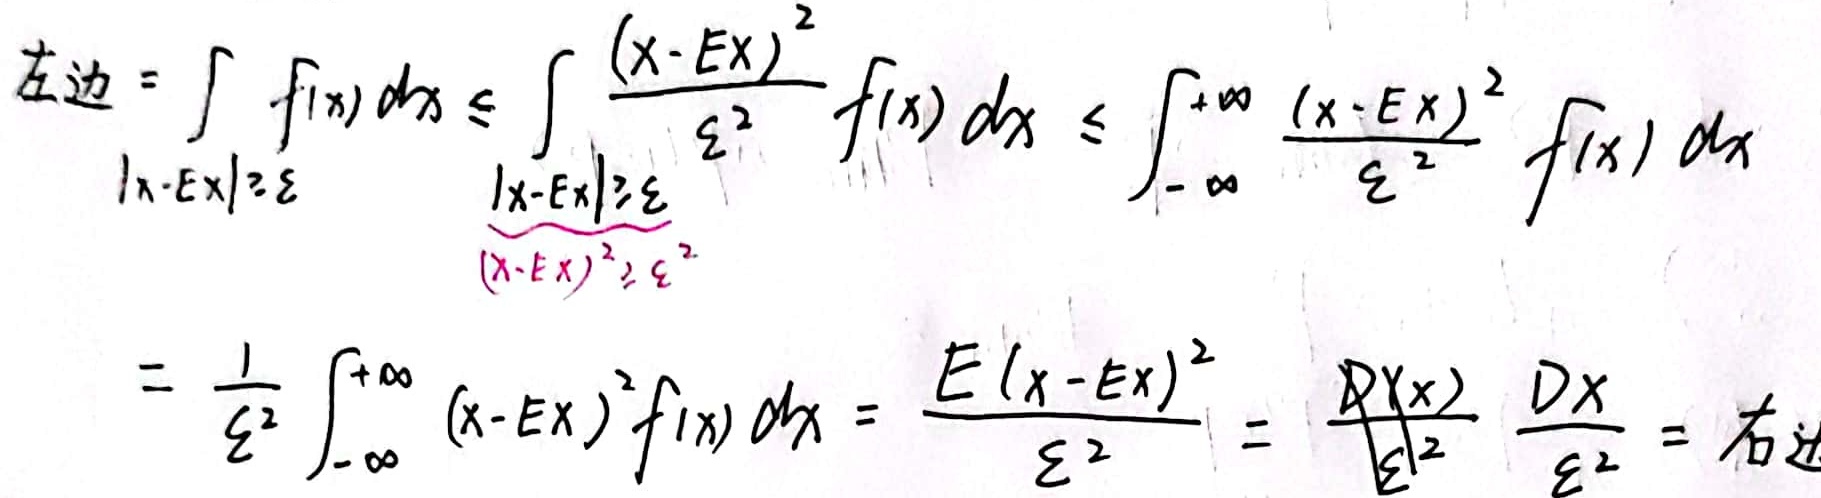
\[
\begin{align*}
\text{左边}&=\int_{|x - Ex|\geq \varepsilon} f(x)dx\leq\int_{|x - Ex|\geq \varepsilon} \frac{(x - Ex)^2}{\varepsilon^2}f(x)dx\leq\int_{-\infty}^{+\infty} \frac{(x - Ex)^2}{\varepsilon^2}f(x)dx\\
&=\frac{1}{\varepsilon^2}\int_{-\infty}^{+\infty}(x - Ex)^2f(x)dx=\frac{E(x - Ex)^2}{\varepsilon^2}=\frac{D(x)}{\varepsilon^2}=\frac{DX}{\varepsilon^2}=\text{右边}
\end{align*}
\]